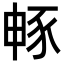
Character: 𮙜